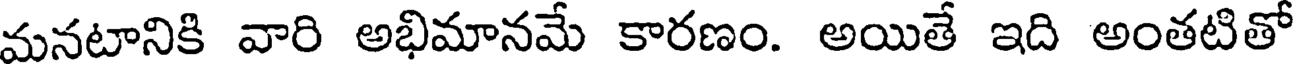
మనటానికి వారి అభిమానమే కారణం. అయితే ఇది అంతటితో